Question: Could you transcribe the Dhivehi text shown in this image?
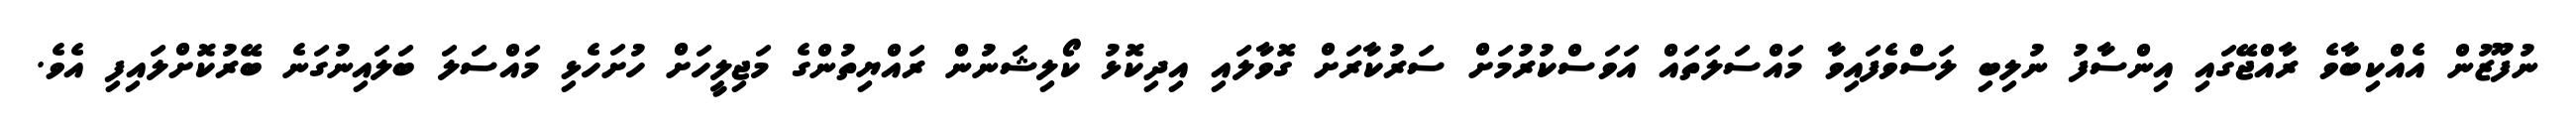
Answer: ނުފޫޒުން އެއްކިބާވެ ރާއްޖޭގައި އިންސާފު ނުލިބި ލަސްވެފައިވާ މައްސަލަތައް އަވަސްކުރުމަށް ސަރުކާރަށް ގޮވާލައި އިދިކޮޅު ކޯލިޝަނުން ރައްޔިތުންގެ މަޖިލީހަށް ހުށަހެޅި މައްސަލަ ބަލައިނުގަނެ ބޭރުކޮށްލައިފި އެވެ.